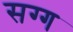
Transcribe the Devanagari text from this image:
सग्ग